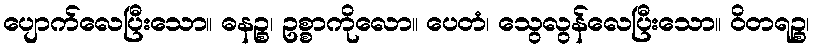
ပျောက်လေပြီးသော။ ဓနဉ္စ၊ ဥစ္စာကိုလော။ ပေတံ၊ သွေလွန်လေပြီးသော။ ဝိတရဉ္စ၊